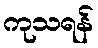
ကုသရန်